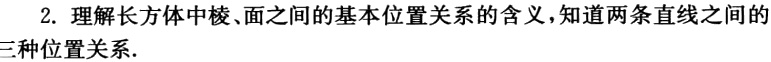
2. 理解长方体中棱、面之间的基本位置关系的含义，知道两条直线之间的三种位置关系.